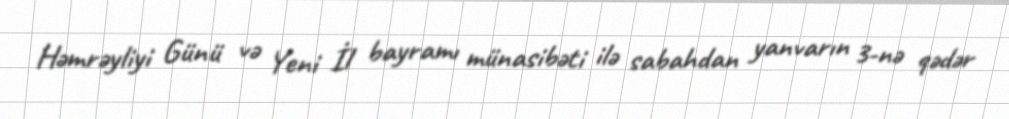
Həmrəyliyi Günü və Yeni İl bayramı münasibəti ilə sabahdan yanvarın 3-nə qədər